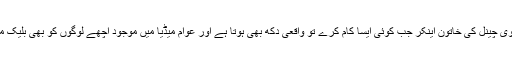
ملک کے معتبر ٹی وی چینل کی خاتون اینکر جب کوئی ایسا کام کرے تو واقعی دکھ بھی ہوتا ہے اور عوام میڈیا میں موجود اچھے لوگوں کو بھی بلیک میلر ہی گردانتے ہیں۔